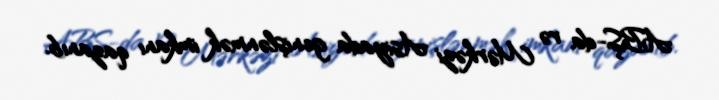
ABŞ-da və Mərkəzi Asiyada genişlənmək imkanı qazanıb.